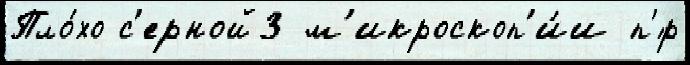
Пло́хо с'ерной3 м'икроскоп'и́и п'́р